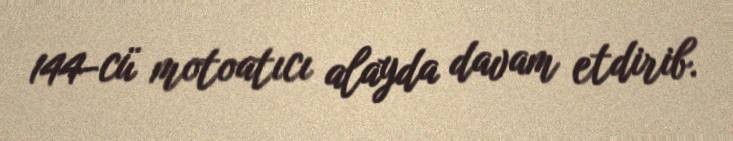
144-cü motoatıcı alayda davam etdirib.